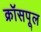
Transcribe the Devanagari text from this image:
क्रॉसपूल